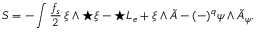
S = - \int \frac { f _ { s } } { 2 } \, \xi \wedge { \star \xi } - \star { \cal L } _ { e } + \xi \wedge \tilde { A } - ( - ) ^ { q } \psi \wedge \tilde { A } _ { \psi } .